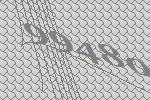
99480